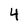
Character: 4